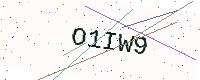
Text: O1IW9